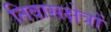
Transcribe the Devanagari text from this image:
निवासक्षेत्रों